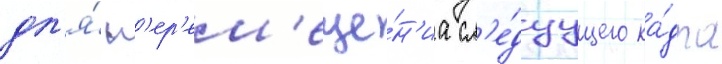
дл'я́ п'ер'ем'еще́н'иа сл'е́дуущего ка́дра